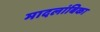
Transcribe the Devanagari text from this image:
मादलांबिका